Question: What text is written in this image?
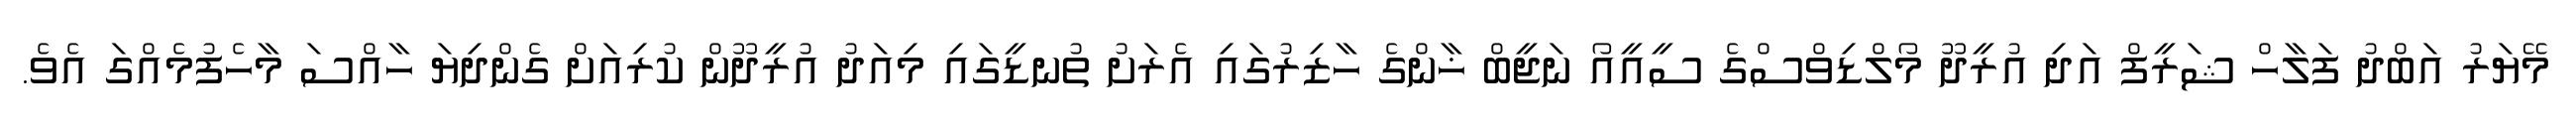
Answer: މޭޔަރު އަބްދު ފަލާހް ޝަރީފް އަދި އުރީދޫ މޯލްޑިވްސްގެ ސީއީއޯ ނަޖީބް ޚާންގެ ހާޒިރުގައި އެރަށު ތުނޑީގައި މިއަދު އުރީދޫން ކުރިއަށް ގެންދިޔަ ހާއްސަ މާހެފުމެއްގަ އެވެ.